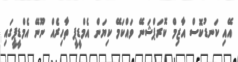
އޭއި ކަނޑުކޮސް އާޒިމް ކޮރަޕްޝަނޭ ވައްކަމޭ ކިޔަން އެމްޑީޕީ ތާހިރެއް ނޫނޭ އެމްޑީޕީގައި